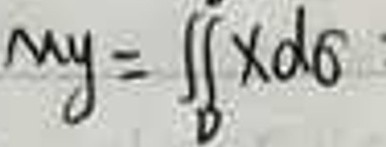
$My = \iint_{D} xd\sigma$